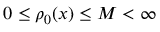
0 \le \rho _ { 0 } ( x ) \le M < \infty